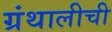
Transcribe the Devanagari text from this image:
ग्रंथालीची